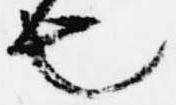
也